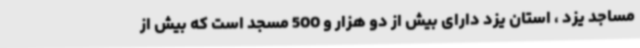
مساجد یزد ، استان یزد دارای بیش از دو هزار و 500 مسجد است که بیش از